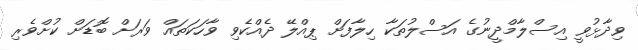
ވިދާޅުވީ އިސްލާމްދީނުގެ އަސްލުތަކާ ހިލާފަށް ޕިއްލޭ ދެއްކެވި ވާހަކަތައް ވަރަށް ބޮޑަށް ކުށްވެރި